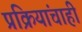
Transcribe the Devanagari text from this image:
प्रक्रियांचाही